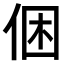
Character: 𠉍